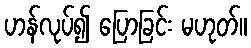
ဟန်လုပ်၍ ပြောခြင်း မဟုတ်။